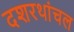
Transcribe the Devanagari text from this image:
दशरथांचल